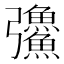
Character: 𪫅